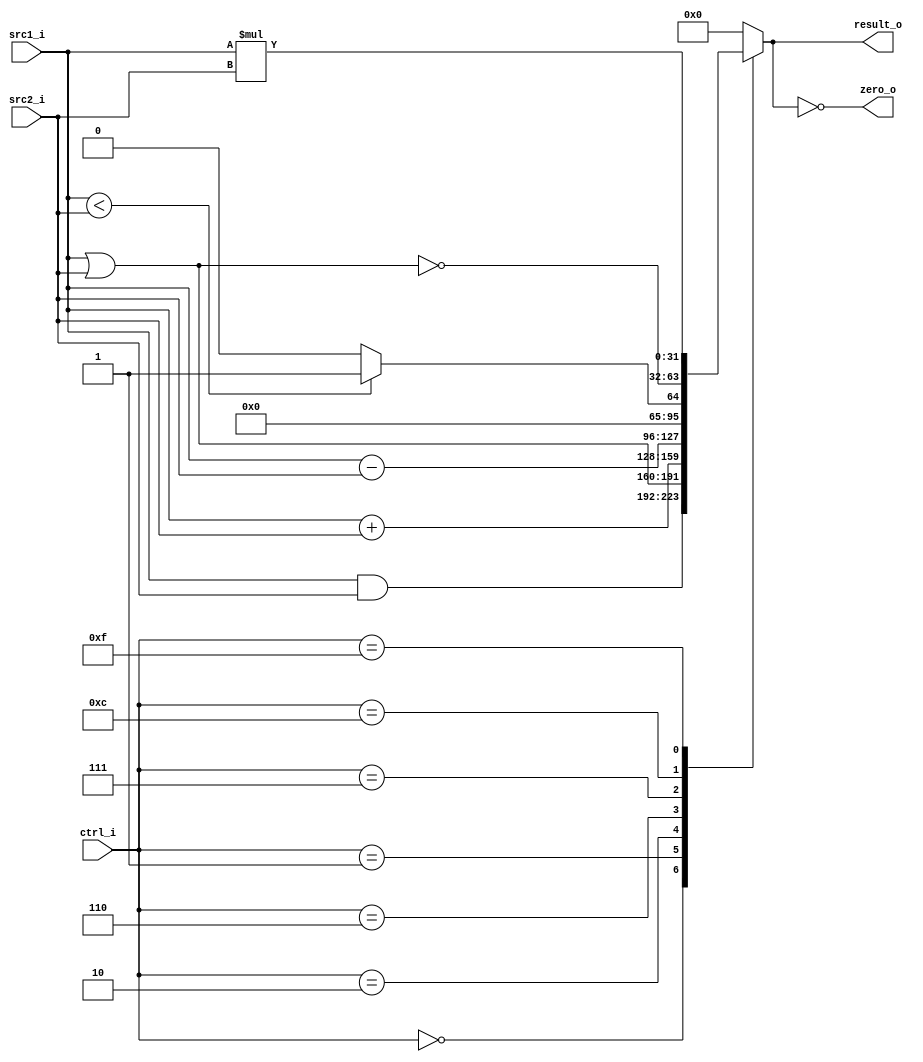
//Subject:     CO project 2 - ALU
//--------------------------------------------------------------------------------
//Version:     1
//--------------------------------------------------------------------------------
//Writer:      
//----------------------------------------------
//Date:        
//----------------------------------------------
//Description: 
//--------------------------------------------------------------------------------
`timescale 1ns/1ps
module ALU(
    src1_i,
	src2_i,
	ctrl_i,
	result_o,
	zero_o
	);
     
//I/O ports
input signed [32-1:0]  src1_i;
input signed [32-1:0]  src2_i;
input  [4-1:0]   ctrl_i;

output [32-1:0]	 result_o;
output           zero_o;

//Internal signals
reg    [32-1:0]  result_o;
//wire             zero_o;

//Parameter

//Main function
assign zero_o = (result_o == 0);
always @(ctrl_i, src1_i, src2_i) begin
    case(ctrl_i)
        0: result_o <= src1_i & src2_i;
        1: result_o <= src1_i | src2_i;
        2: result_o <= src1_i + src2_i;
        6: result_o <= src1_i - src2_i;
        7: result_o <= src1_i < src2_i ? 1:0;
        12: result_o <= ~(src1_i | src2_i); //nor
        15: result_o <= src1_i * src2_i;
        default: result_o <= 0;
    endcase
end
endmodule